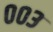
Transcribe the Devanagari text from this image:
००३